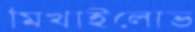
মিখাইলোভ